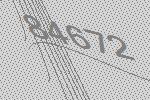
84672